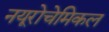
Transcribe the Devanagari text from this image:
नयूरोचेमिकल